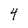
Character: 4